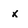
Character: x